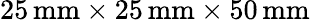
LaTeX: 25\, \mathrm{mm}\times 25\, \mathrm{mm}\times 50\, \mathrm{mm}